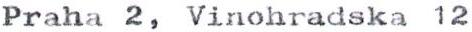
Praha 2, Vinohradska 12